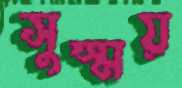
সুস্ময়